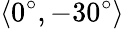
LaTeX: \langle 0^{\circ},-30^{\circ}\rangle